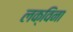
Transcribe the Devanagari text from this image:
लक्विना